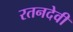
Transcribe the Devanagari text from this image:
रतनदेवी